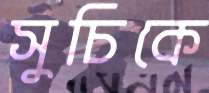
সুচিকে